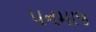
પનમાજ